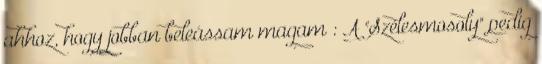
ahhoz, hogy jobban beleássam magam : A "Szélesmosoly" pedig